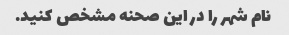
نام شهر را در این صحنه مشخص کنید.